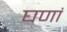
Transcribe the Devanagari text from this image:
घणां